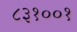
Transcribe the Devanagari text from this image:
८३१००१